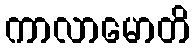
ကာလာမောတိ